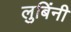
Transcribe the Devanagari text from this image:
लुबिंनी